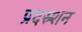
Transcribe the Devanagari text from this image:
प्रदस्र्शन